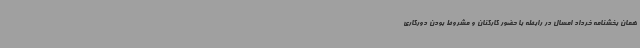
همان بخشنامه خرداد امسال در رابطه با حضور کارکنان و مشروط بودن دورکاری